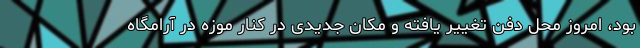
بود، امروز محل دفن تغییر یافته و مکان جدیدی در کنار موزه در آرامگاه